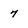
Character: 7